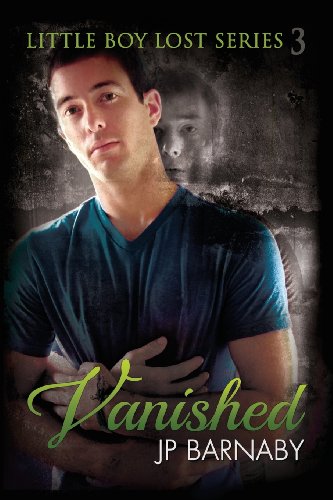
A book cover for Vanished; J. P. Barnaby; Romance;